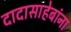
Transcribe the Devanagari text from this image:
दादासाहेबांना